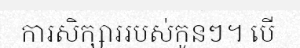
ការសិក្សាររបស់កូនៗ។ បើ